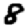
Digit: 8